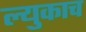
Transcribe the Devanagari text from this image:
ल्युकाच